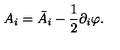
A _ { i } = \bar { A } _ { i } - \frac { 1 } { 2 } \partial _ { i } \varphi .